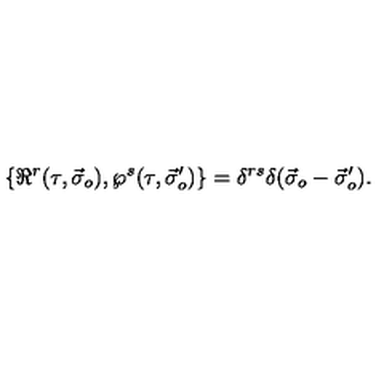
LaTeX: \{ \Re ^ { r } ( \tau , \vec { \sigma } _ { o } ) , \wp ^ { s } ( \tau , \vec { \sigma } _ { o } ^ { \prime } ) \} = \delta ^ { r s } \delta ( \vec { \sigma } _ { o } - \vec { \sigma } _ { o } ^ { \prime } ) .